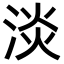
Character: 淡